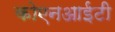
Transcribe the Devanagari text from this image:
कोएनआईटी